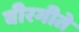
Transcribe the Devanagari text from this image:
वीरगीते